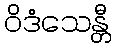
ဝိဒံသေန္တီ